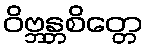
ဝိဗ္ဘန္တစိတ္တေ